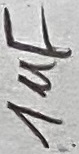
Text: 1µF